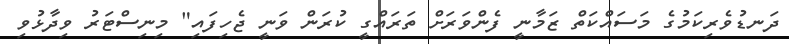
ދަނޑުވެރިކަމުގެ މަސައްކަތް ޒަމާނީ ފެންވަރަށް ތަރައްގީ ކުރަން ވަނީ ޖެހިފައި" މިނިސްޓަރު ވިދާޅުވި